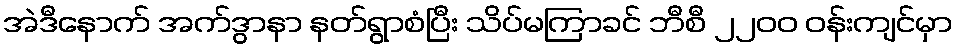
အဲဒီနောက် အက်ဒွာနာ နတ်ရွာစံပြီး သိပ်မကြာခင် ဘီစီ ၂၂၀၀ ဝန်းကျင်မှာ